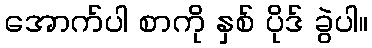
အောက်ပါ စာကို နှစ် ပိုဒ် ခွဲပါ။